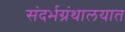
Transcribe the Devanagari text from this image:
संदर्भग्रंथालयात